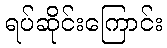
ရပ်ဆိုင်းကြောင်း